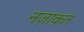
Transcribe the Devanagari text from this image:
नज़ाक़त